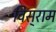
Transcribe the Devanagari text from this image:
विस्‌राम